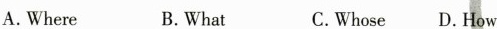
A.Where B.What C.Whose D.How